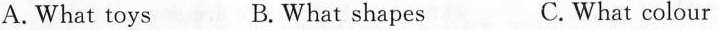
A. What toys B. What shapes C. What colour